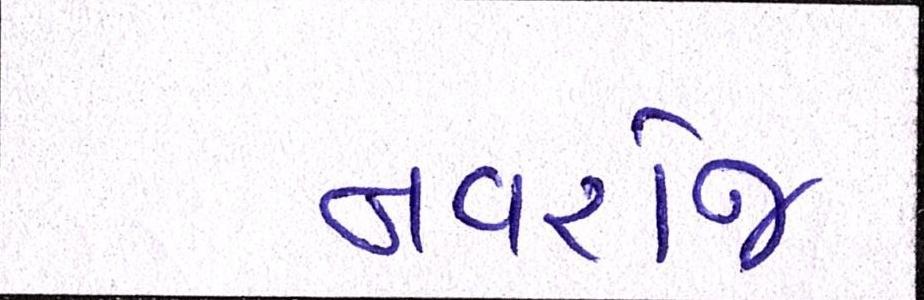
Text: નવરોજ